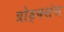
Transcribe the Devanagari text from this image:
प्रोड्क्शंस